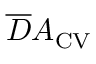
\overline { { D } } A _ { \mathrm { { C V } } }